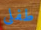
طفلى